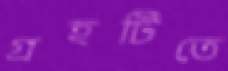
গ্রহটিতে